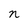
Character: n